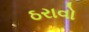
ઠરાવો